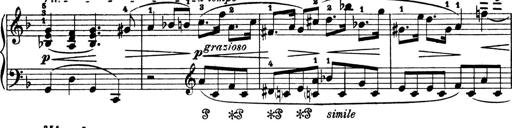
Title: 4 Sonatines
Composer: Max Reger